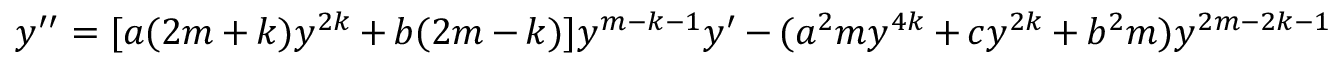
y ^ { \prime \prime } = [ a ( 2 m + k ) y ^ { 2 k } + b ( 2 m - k ) ] y ^ { m - k - 1 } y ^ { \prime } - ( a ^ { 2 } m y ^ { 4 k } + c y ^ { 2 k } + b ^ { 2 } m ) y ^ { 2 m - 2 k - 1 }